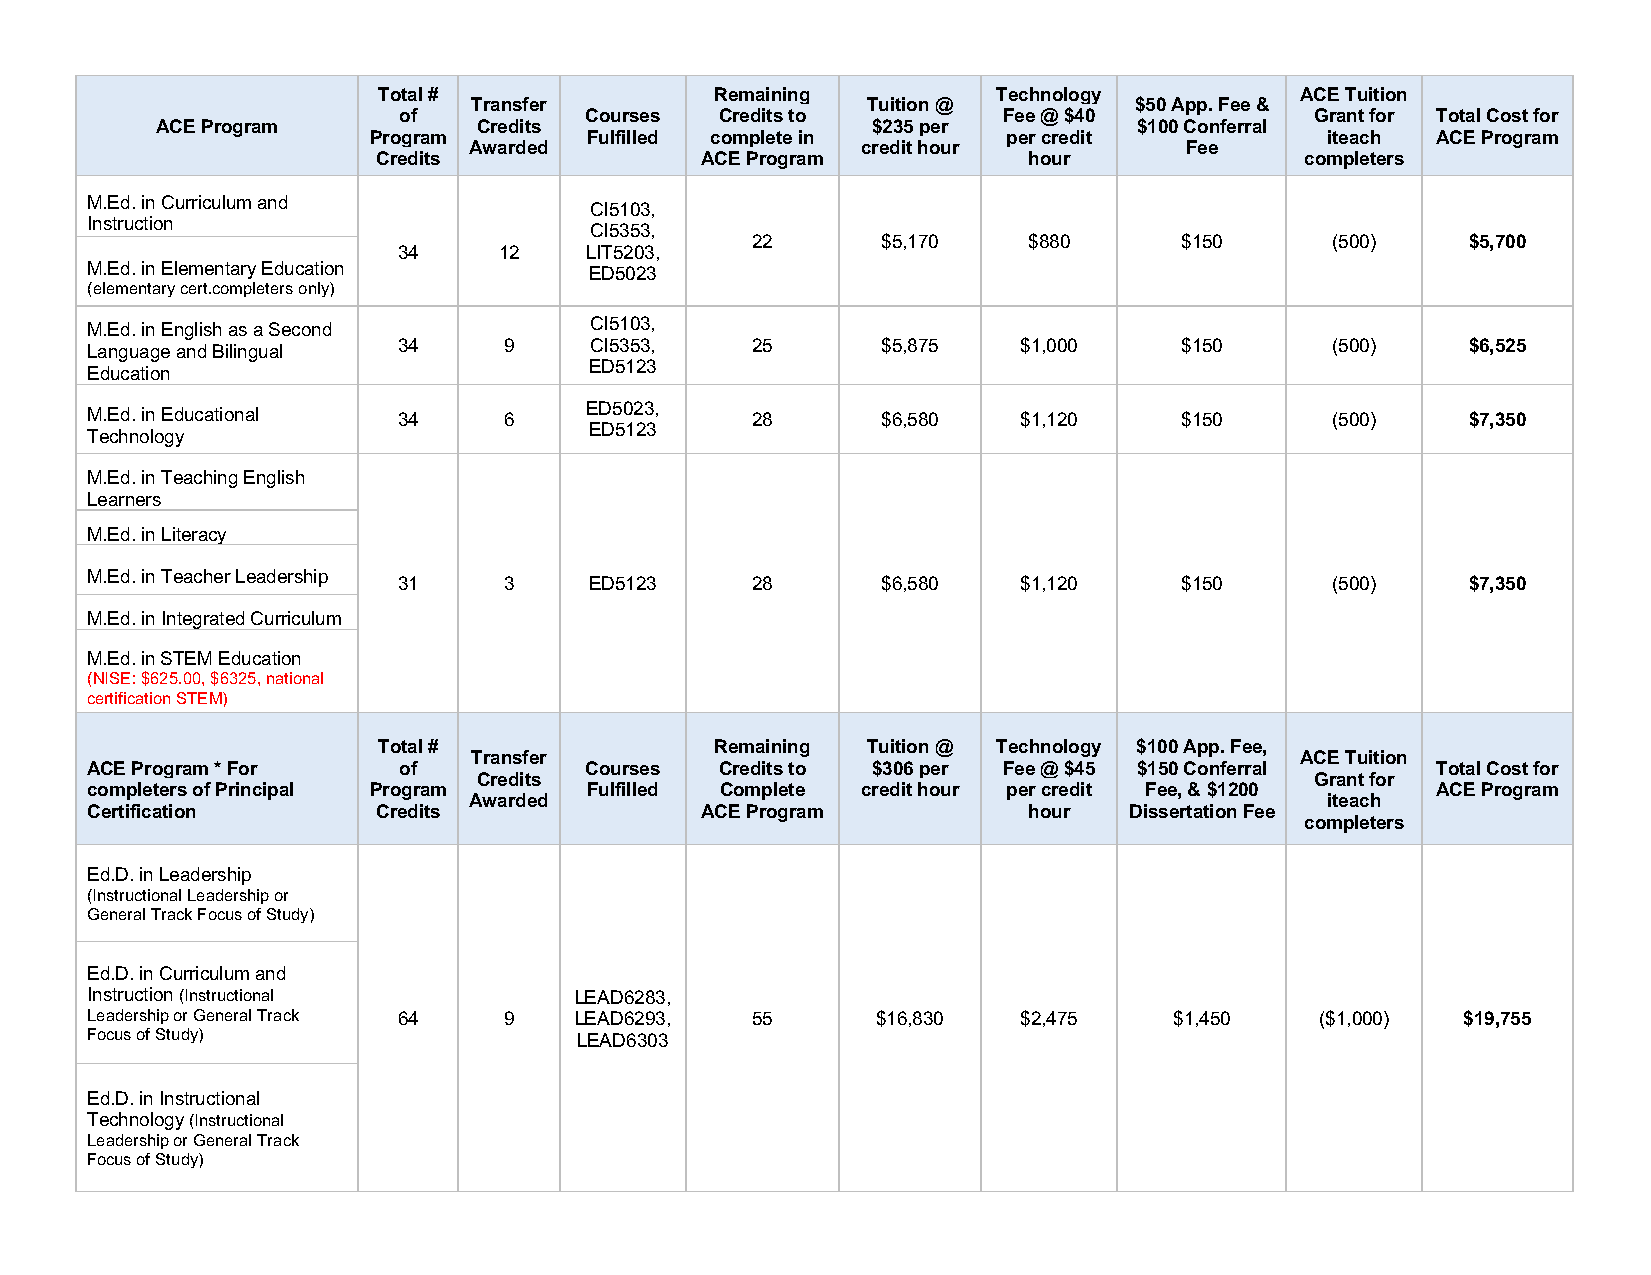
Total #               Remaining          Technology          ACE Tuition
 Transfer                  Tuition @         $50 App. Fee &
 of           Courses  Credits to        Fee @ $40            Grant for Total Cost for
 ACE Program           Credits                   $235 per         $100 Conferral
 Program        Fulfilled complete in       per credit           iteach ACE Program
 Awarded                   credit hour          Fee
 Credits              ACE Program           hour              completers
 M.Ed. in Curriculum and
 CI5103,
 Instruction
 CI5353,
 22      $5,170    $880      $150      (500)    $5,700
 34     12    LIT5203,
 M.Ed. in Elementary Education    ED5023
 (elementary cert.completers only)
 M.Ed. in English as a Second     CI5103,
 Language and Bilingual 34  9     CI5353,    25      $5,875    $1,000    $150      (500)    $6,525
 ED5123
 Education
 M.Ed. in Educational 34    6     ED5023,    28      $6,580    $1,120    $150      (500)    $7,350
 ED5123
 Technology
 M.Ed. in Teaching English
 Learners
 M.Ed. in Literacy
 M.Ed. in Teacher Leadership
 31     3     ED5123     28      $6,580    $1,120    $150      (500)    $7,350
 M.Ed. in Integrated Curriculum
 M.Ed. in STEM Education
 (NISE: $625.00, $6325, national
 certification STEM)
 Total #               Remaining Tuition @ Technology $100 App. Fee,
 Transfer                                               ACE Tuition
 ACE Program * For   of           Courses  Credits to $306 per Fee @ $45 $150 Conferral   Total Cost for
 Credits                                                Grant for
 completers of Principal Program  Fulfilled Complete credit hour per credit Fee, & $1200  ACE Program
 Awarded                                                  iteach
 Certification      Credits              ACE Program           hour   Dissertation Fee
 completers
 Ed.D. in Leadership
 (Instructional Leadership or
 General Track Focus of Study)
 Ed.D. in Curriculum and
 Instruction (Instructional      LEAD6283,
 Leadership or General Track 64 9 LEAD6293,  55      $16,830   $2,475    $1,450   ($1,000)  $19,755
 Focus of Study)                 LEAD6303
 Ed.D. in Instructional
 Technology (Instructional
 Leadership or General Track
 Focus of Study)